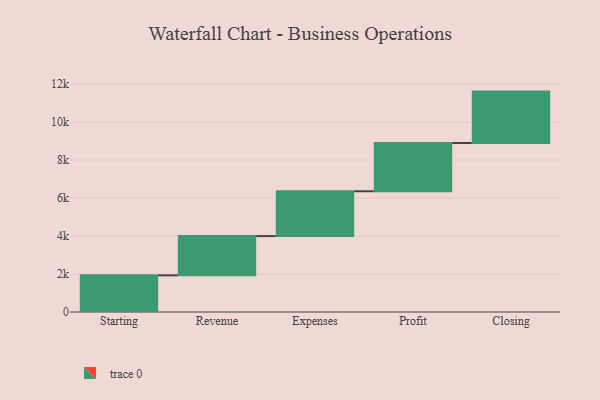
{"axis": {"x": "Step", "y": "Value"}, "legend": [""], "data": [{"x": "Starting", "y": 1930.0, "type": ""}, {"x": "Revenue", "y": 2065.0, "type": ""}, {"x": "Expenses", "y": 2360.0, "type": ""}, {"x": "Profit", "y": 2541.0, "type": ""}, {"x": "Closing", "y": 2704.0, "type": ""}]}